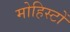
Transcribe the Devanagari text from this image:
मोहिस्टों